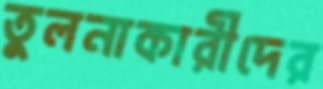
তুলনাকারীদের